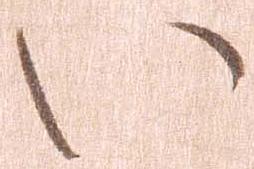
い